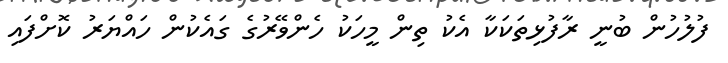
ފުލުހުން ބުނީ ރާފުޅިތަކަކާ އެކު ތިން މީހަކު ހެންވޭރުގެ ގައެކުން ހައްޔަރު ކޮށްފައި